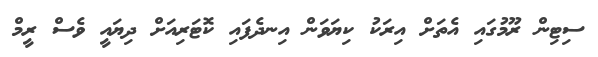
ސިޓިން ރޫމުގައި އެތަށް އިރަކު ކިޔަވަން އިނދެފައި ކޮޓަރިއަށް ދިޔައީ ވެސް ރީމް